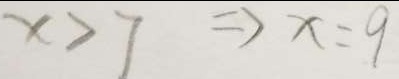
x > 7 \Rightarrow x = 9